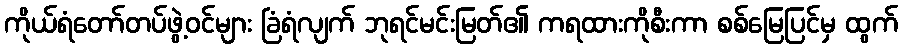
ကိုယ်ရံတော်တပ်ဖွဲ့ဝင်များ ခြံရံလျက် ဘုရင်မင်းမြတ်၏ ကရထားကိုစီးကာ စစ်မြေပြင်မှ ထွက်